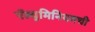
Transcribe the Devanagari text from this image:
ऍल्युमिनियमची